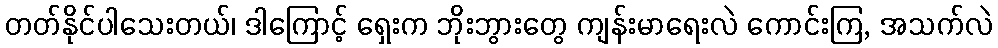
တတ်နိုင်ပါသေးတယ်၊ ဒါကြောင့် ရှေးက ဘိုးဘွားတွေ ကျန်းမာရေးလဲ ကောင်းကြ, အသက်လဲ